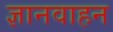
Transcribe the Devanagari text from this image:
ज्ञानवाहन